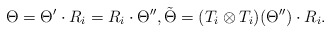
\begin{align*}\Theta=\Theta'\cdot R_i=R_i\cdot\Theta'',\tilde{\Theta}=(T_i\otimes T_i)(\Theta'')\cdot R_i.\end{align*}